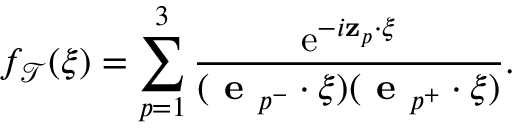
f _ { \mathcal { T } } ( \boldsymbol { \xi } ) = \sum _ { p = 1 } ^ { 3 } \frac { \mathrm { e } ^ { - i \mathbf { z } _ { p } \cdot \boldsymbol { \xi } } } { ( \textbf { e } _ { p ^ { - } } \cdot \boldsymbol { \xi } ) ( \textbf { e } _ { p ^ { + } } \cdot \boldsymbol { \xi } ) } .